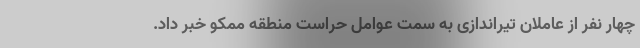
چهار نفر از عاملان تیراندازی به سمت عوامل حراست منطقه ممکو خبر داد.